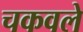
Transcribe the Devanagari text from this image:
चकवले